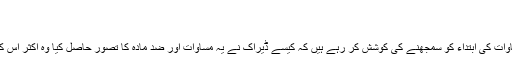
بدھ, 06/03/2015 - 09:28
ڈیراک اور نیوٹن
سائنسی مورخ جواس انقلابی مساوات کی ابتداء کو سمجھنے کی کوشش کر رہے ہیں کہ کیسے ڈیراک نے یہ مساوات اور ضد مادّہ کا تصوّر حاصل کیا وہ اکثر اس کو نیوٹن کے ہم پلہ سمجھتے ہیں۔